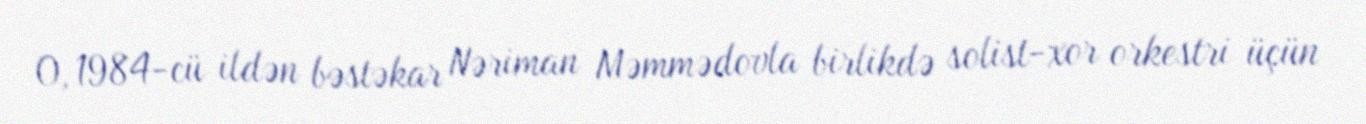
O, 1984-cü ildən bəstəkar Nəriman Məmmədovla birlikdə solist-xor orkestri üçün